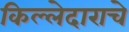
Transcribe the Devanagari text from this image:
किल्लेदाराचे